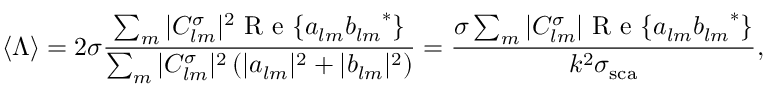
{ \langle \Lambda \rangle } = 2 \sigma \frac { \sum _ { m } | C _ { l m } ^ { \sigma } | ^ { 2 } \mathrm { ~ R ~ e ~ } \{ a _ { l m } { b _ { l m } } ^ { * } \} } { \sum _ { m } | C _ { l m } ^ { \sigma } | ^ { 2 } \left( | a _ { l m } | ^ { 2 } + | b _ { l m } | ^ { 2 } \right) } = \frac { \sigma \sum _ { m } | C _ { l m } ^ { \sigma } | \mathrm { ~ R ~ e ~ } \{ a _ { l m } { b _ { l m } } ^ { * } \} } { k ^ { 2 } \sigma _ { \mathrm { { s c a } } } } ,